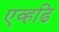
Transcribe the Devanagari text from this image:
एव्हढि